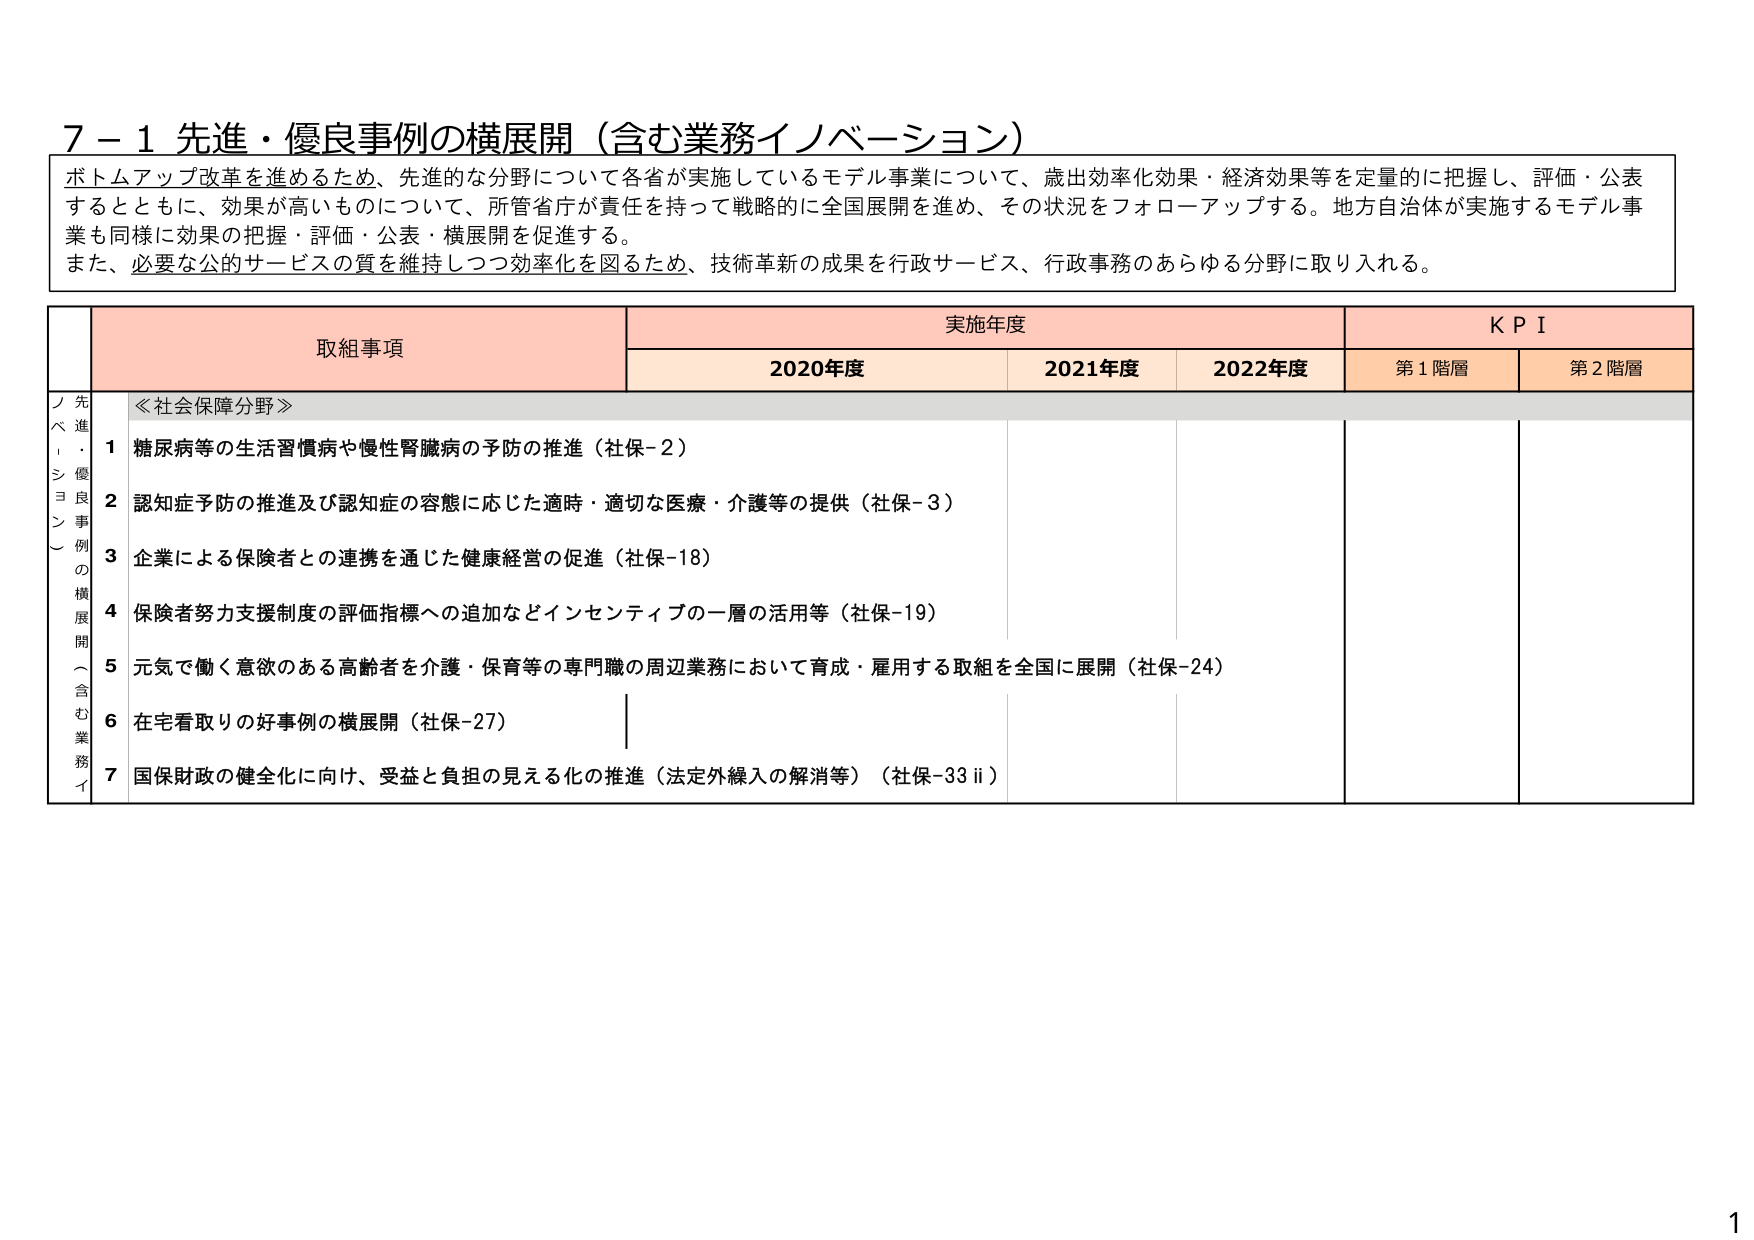
7－1 先進・優良事例の横展開（含む業務イノベーション）

ボトムアップ改革を進めるため、先進的な分野について各省が実施しているモデル事業について、歳出効率化効果・経済効果等を定量的に把握し、評価・公表するとともに、効果が高いものについて、所管省庁が責任を持って戦略的に全国展開を進め、その状況をフォローアップする。地方自治体が実施するモデル事業も同様に効果の把握・評価・公表・横展開を促進する。
また、必要な公的サービスの質を維持しつつ効率化を図るため、技術革新の成果を行政サービス、行政事務のあらゆる分野に取り入れる。

取組事項　　実施年度　　KPI
　　　　　　2020年度　　2021年度　　2022年度　　第1階層　　第2階層

≪社会保障分野≫
1 糖尿病等の生活習慣病や慢性腎臓病の予防の推進（社保-2）
2 認知症予防の推進及び認知症の容態に応じた適時・適切な医療・介護等の提供（社保-3）
3 企業による保険者との連携を通じた健康経営の促進（社保-18）
4 保険者努力支援制度の評価指標への追加などインセンティブの一層の活用等（社保-19）
5 元気で働く意欲のある高齢者を介護・保育等の専門職の周辺業務において育成・雇用する取組を全国に展開（社保-24）
6 在宅看取りの好事例の横展開（社保-27）
7 国保財政の健全化に向け、受益と負担の見える化の推進（法定外繰入の解消等）（社保-33 ii）

ノベーション
先進・優良事例の横展開（含む業務イノベーション）